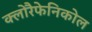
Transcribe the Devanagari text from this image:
क्लोरैफेनिकोल